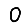
Digit: 0